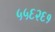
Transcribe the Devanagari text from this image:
५५६२६१